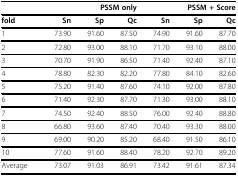
|  | <COLSPAN=3> PSSM only | <COLSPAN=3> PSSM + Score |
 | --- | --- | --- | --- | --- | --- | --- |
 | fold | Sn | Sp | Qc | Sn | Sp | Qc |
 | 1 | 73.90 | 91.60 | 87.50 | 74.90 | 91.60 | 87.70 |
 | 2 | 72.80 | 93.00 | 88.10 | 71.70 | 93.10 | 88.00 |
 | 3 | 70.70 | 91.90 | 86.50 | 71.40 | 92.40 | 87.10 |
 | 4 | 78.80 | 82.30 | 82.20 | 77.80 | 84.10 | 82.60 |
 | 5 | 75.20 | 91.40 | 87.60 | 74.10 | 92.00 | 87.80 |
 | 6 | 71.40 | 92.30 | 87.70 | 71.30 | 93.00 | 88.10 |
 | 7 | 74.50 | 92.40 | 88.50 | 76.00 | 92.40 | 88.80 |
 | 8 | 66.80 | 93.60 | 87.40 | 70.40 | 93.30 | 88.00 |
 | 9 | 69.00 | 90.20 | 85.20 | 68.40 | 91.50 | 86.10 |
 | 10 | 77.60 | 91.60 | 88.40 | 78.20 | 92.70 | 89.20 |
 | Average | 73.07 | 91.03 | 86.91 | 73.42 | 91.61 | 87.34 |